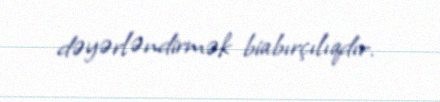
dəyərləndirmək biabırçılıqdır.